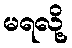
မရလို့